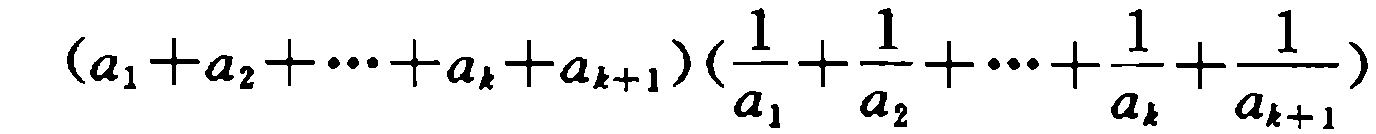
\((a_{1}+a_{2}+\cdots +a_{k}+a_{k + 1})(\frac{1}{a_{1}}+\frac{1}{a_{2}}+\cdots+\frac{1}{a_{k}}+\frac{1}{a_{k + 1}})\)